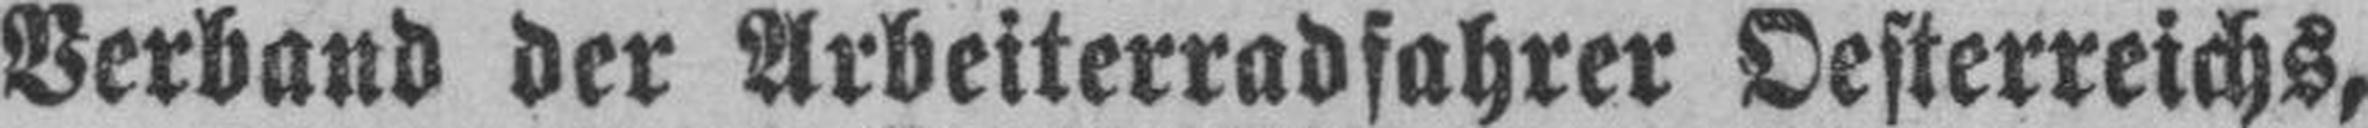
Verband der Arbeiterradfahrer Oesterreichs,